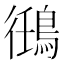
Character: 𬷘